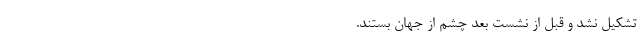
تشکیل نشد و قبل از نشست بعد چشم از جهان بستند. ------------------